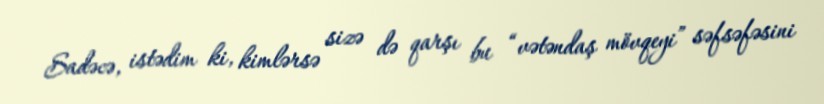
Sadəcə, istədim ki, kimlərsə sizə də qarşı bu “vətəndaş mövqeyi” səfsəfəsini